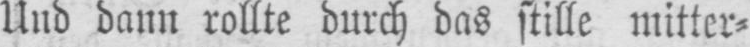
Und dann rollte durch das stille mitter⸗